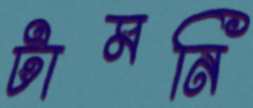
টামনি